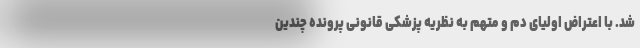
شد. با اعتراض اولیای دم و متهم به نظریه پزشکی قانونی پرونده چندین